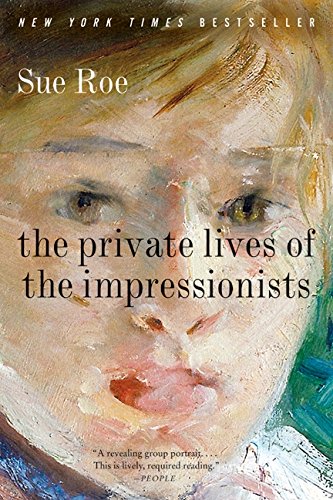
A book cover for The Private Lives of the Impressionists; Sue Roe; Biographies & Memoirs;